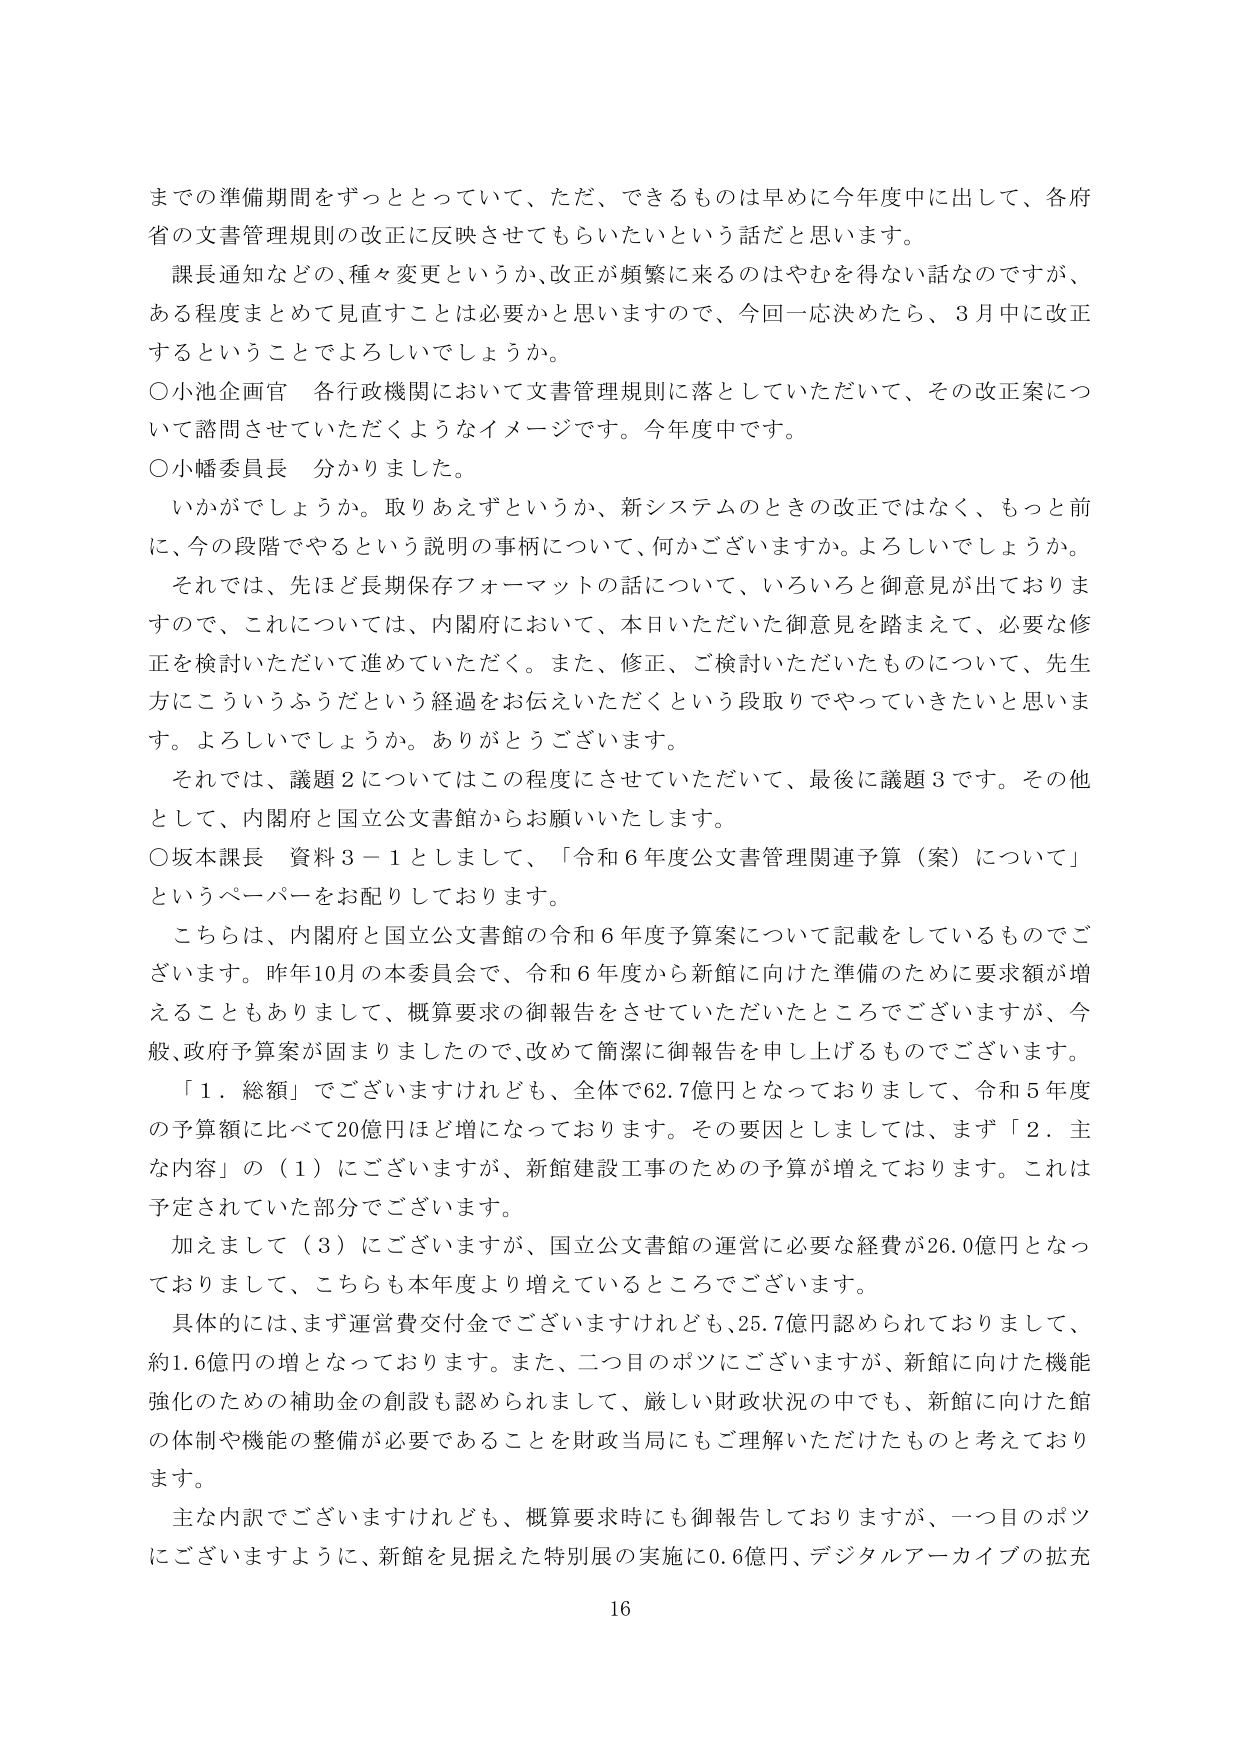
までの準備期間をずっととっていて、ただ、できるものは早めに今年度中に出して、各府省の文書管理規則の改正に反映させてもらいたいという話だと思います。

課長通知などの、種々変更というか、改正が頻繁に来るのはやむを得ない話なのですが、ある程度まとめて見直すことは必要かと思いますので、今回一応決めたら、3月中に改正するということでよろしいでしょうか。

○小池企画官 各行政機関において文書管理規則に落としていただいて、その改正案について諮問させていただくようなイメージです。今年度中です。

○小幡委員長 分かりました。

いかがでしょうか。取りあえずというか、新システムのときの改正ではなく、もっと前に、今の段階でやるという説明の事柄について、何かございますか。よろしいでしょうか。

それでは、先ほど長期保存フォーマットの話について、いろいろと御意見が出ておりますので、これについては、内閣府において、本日いただいた御意見を踏まえて、必要な修正を検討いただいて進めていただきます。また、修正、ご検討いただいたものについて、先生方にこういうふうだという経過をお伝えいただくという段取りでやっていきたいと思います。よろしいでしょうか。ありがとうございます。

それでは、議題2についてはこの程度にさせていただいて、最後に議題3です。その他として、内閣府と国立公文書館からお願いいたします。

○坂本課長 資料3－1としまして、「令和6年度公文書管理関連予算（案）について」というペーパーをお配りしております。

こちらは、内閣府と国立公文書館の令和6年度予算案について記載をしているものでございます。昨年10月の本委員会で、令和6年度から新館に向けた準備のために要求額が増えることもありまして、概算要求の御報告をさせていただいたところでございますが、今般、政府予算案が固まりましたので、改めて簡潔に御報告を申し上げるものでございます。

「1．総額」でございますけれども、全体で62.7億円となっておりまして、令和5年度の予算額に比べて20億円ほど増となっております。その要因としましては、まず「2．主な内容」の（1）にございますが、新館建設工事のための予算が増えております。これは予定されていた部分でございます。

加えまして（3）にございますが、国立公文書館の運営に必要な経費が26.0億円となっておりまして、こちらも本年度より増えているところでございます。

具体的には、まず運営費交付金でございますけれども、25.7億円認められておりまして、約1.6億円の増となっております。また、二つ目のポツにございますが、新館に向けた機能強化のための補助金の創設も認められまして、厳しい財政状況の中でも、新館に向けた館の体制や機能の整備が必要であることを財政当局にもご理解いただけたものと考えております。

主な内訳でございますけれども、概算要求時にも御報告しておりますが、一つ目のポツにございますように、新館を見据えた特別展の実施に0.6億円、デジタルアーカイブの拡充

16